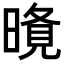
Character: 𭧐